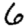
Digit: 6